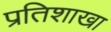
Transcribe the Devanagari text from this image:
प्रतिशाखा